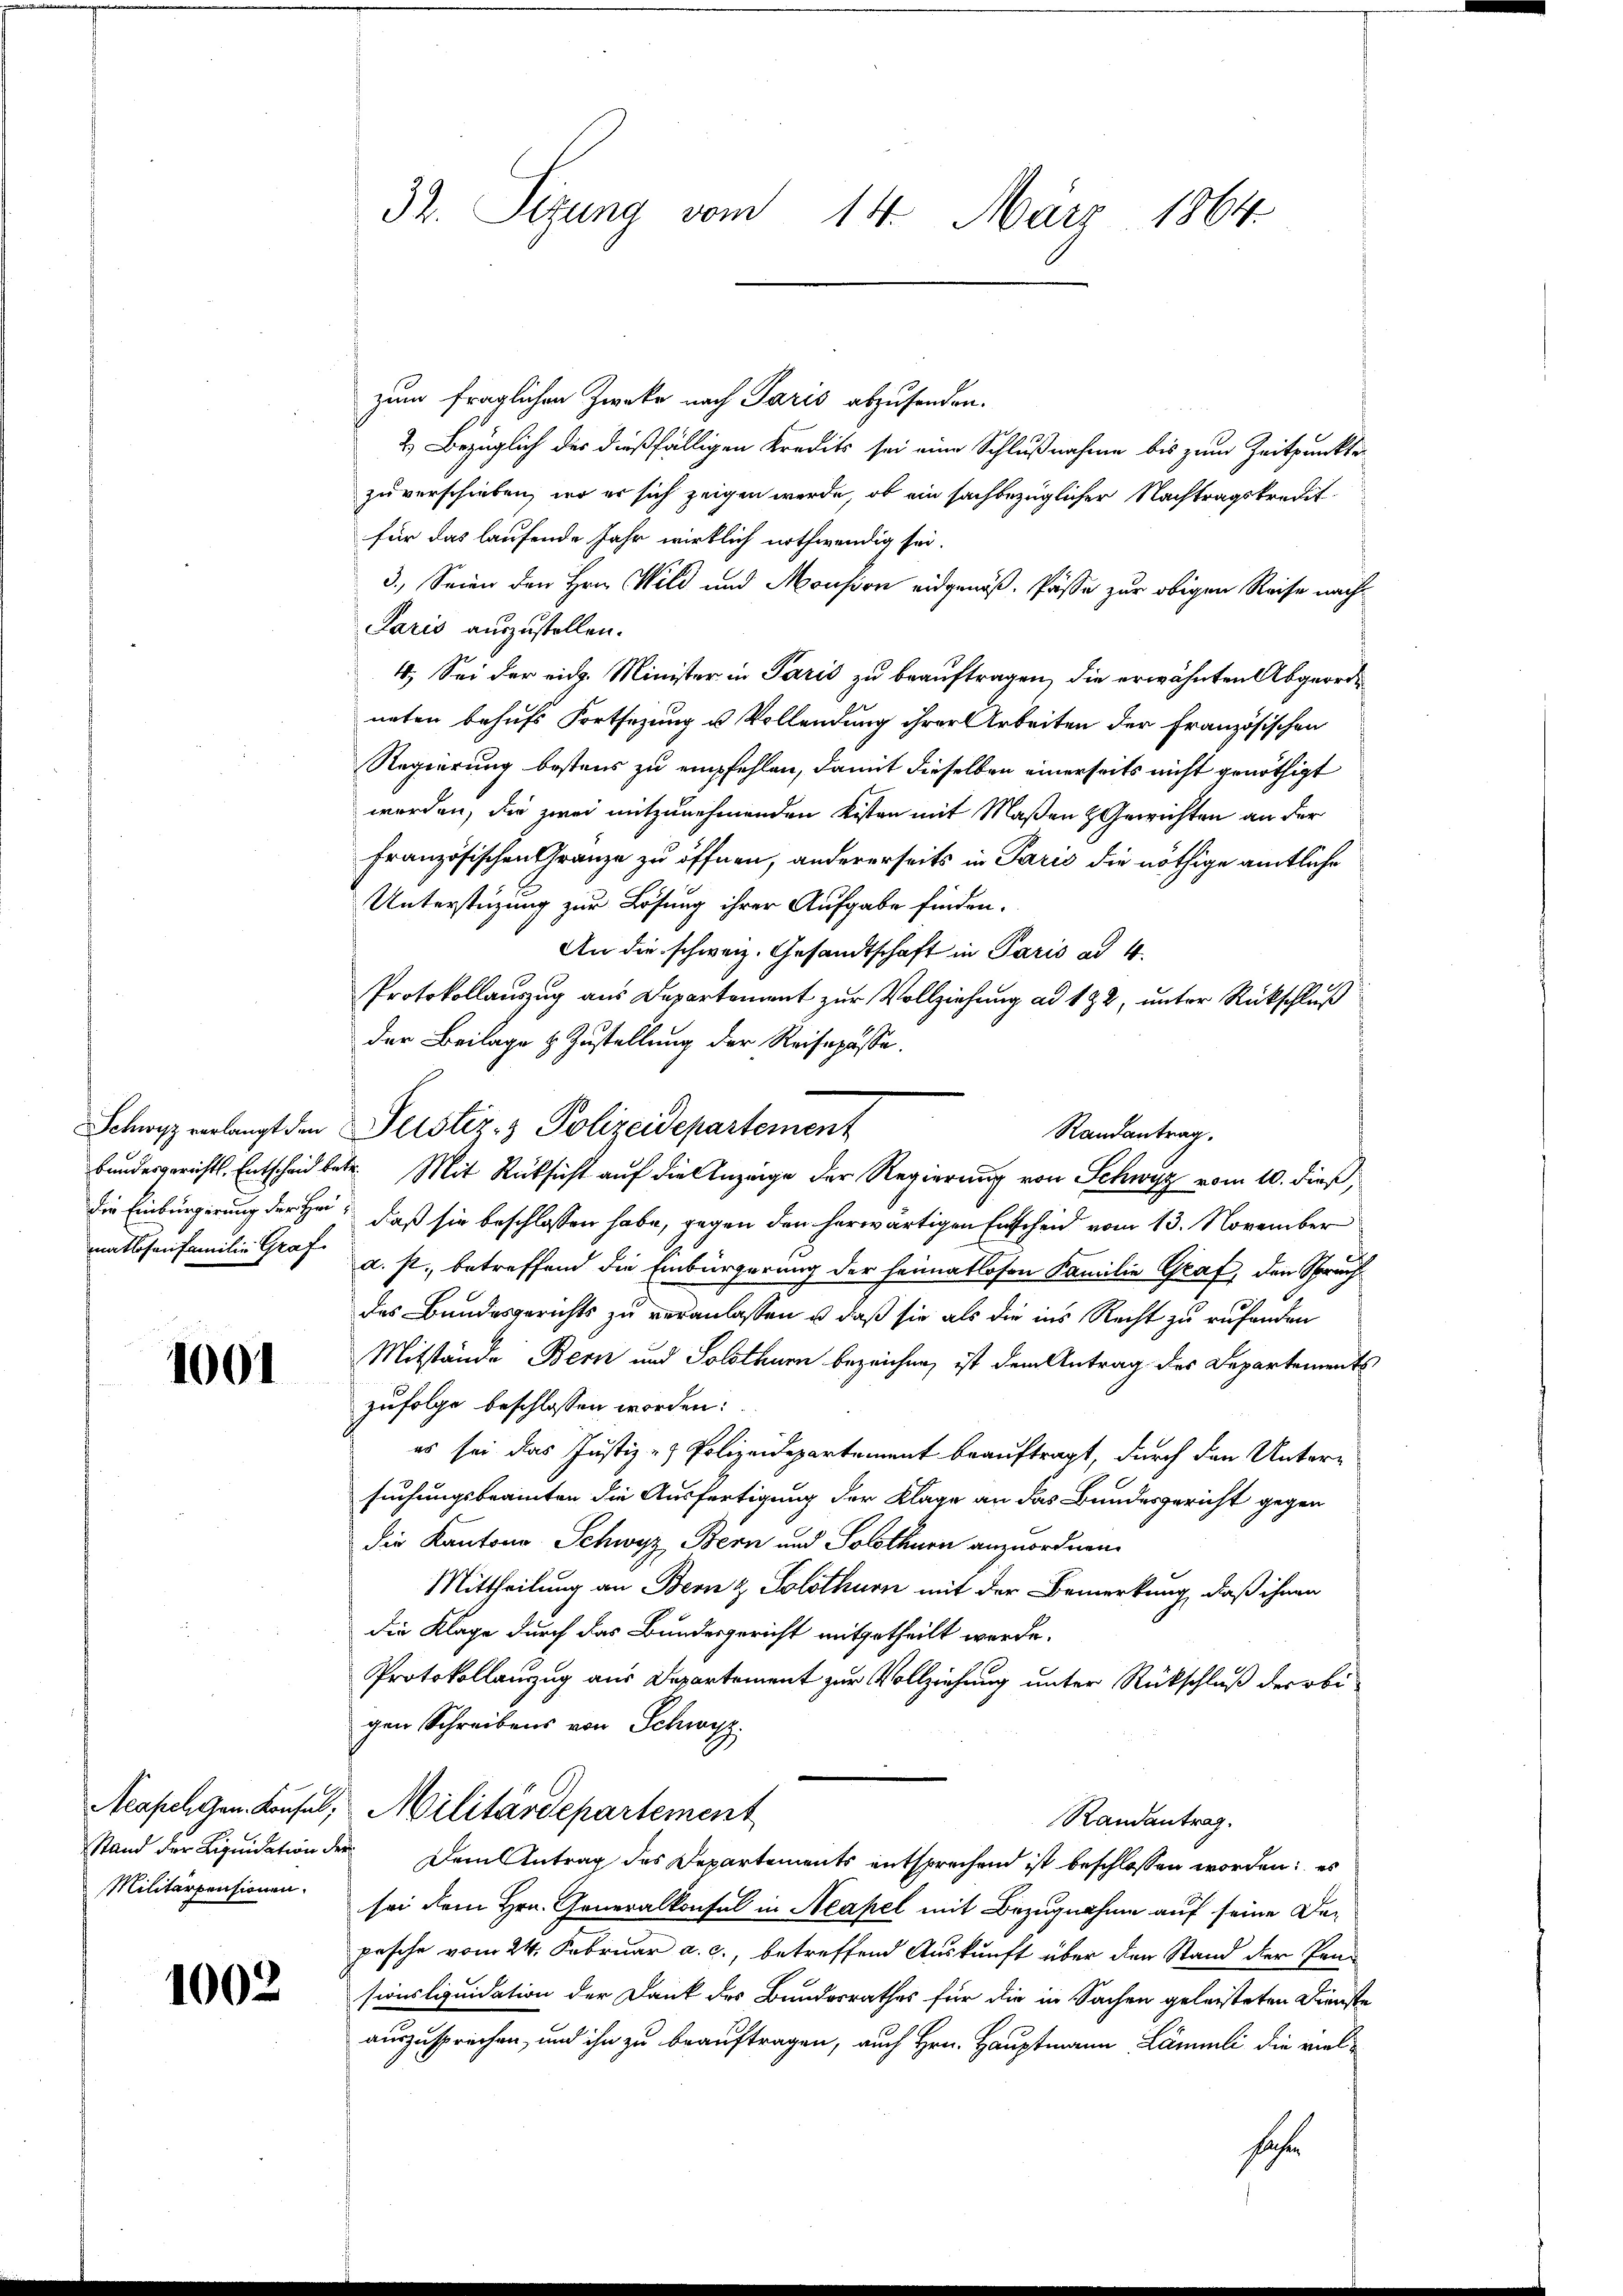
Schwisz verlangt den
bundesgerichts, Entscheid bedie Einbürgerung der Hei
matlosen Familie Graf.

1001

Neapel gen. Konsul,
Stand der Liquidation de
Militärpensionen.

1002

32. Sizung vom 14. März 1864.

zum fraglichen Zweke nach Paris abzusenden.
2) Bezüglich der dießfälligen Kredits sei eine Schlußnahme bis zum Zeitpunkte
zu verschieben, wo er sich zeigen werde, ob ein sachbezüglicher Nachtragskredit.
für das laufende Jahr wirklich nothwendig sei.
3.) Seien den Hrn. Wild und Monsion eidgenöß. Pässe zur obigen Reise nach¬
Paris auszustellen.
4. Sei der eidg. Minister in Paris zu beauftragen, die erwähnten Abgeordneten behufs Fortsezung u Vollendung ihrer Arbeiten der Französischen
Regierung bestens zu empfehlen, damit dieselben einerseits nicht genöthigt
werden, die zwei mitzunehmenden Kisten mit Maßen & Gewichten an der
Französischen Granze zu öffnen, andererseits in Paris die nöthige amtliche
Unterstüzung zur Lösung ihrer Aufgabe finden.
An die schweiz. Gesandtschaft in Paris ad 1.
Protokollauszug aus Departement zur Vollziehung ad 182, unter Rückschluß
der Beilage & Zustellung der Reisepässe.
Justiz- & Polizeidepartement
Randantrag.
de. Mit Rücksicht auf die Anzeige der Regierung von Schwyz vom 10. dieß,
daß sie beschlossen habe, gegen den herwärtigen Entscheid vom 13. November
d. s. betreffend die Einbürgerung der heimatlosen Familie Graf, den Spruch
des Bundesgerichts zu veranlassen u. daß sie als die ins Recht zu rufenden
Mitstände Bern und Solothurn bezeichne, ist dem Antrag des Departements
zufolge beschlossen worden:
es sei das Justiz- & Polizeidepartement beauftragt, durch den Untersuchungsbeamten die Ausfertigung der Klage an das Bundesgericht gegen
die Kantons Schwyz Bern und Solothurn anzuordnen.
Mittheilung an Bern & Solothurn mit der Bemerkung, daß ihnen
die Klage durch das Bundesgericht mitgetheilt werde.
Protokollanzug aus Departement zur Vollziehung unter Rückschluß der obigen Schreibens von Schwyz
Militärdepartement
Randantrag.
Dem Antrag des Departements entsprechend ist beschlossen worden: es
sei dem Hrn. Generalkonsul in Neapel mit Bezugnahme auf seine Depasche vom 24. Februar a. c., betreffend Auskunft über den Stand der Pen-
sconsliquidation der Dank des Bundesrathes für die in Sachen geleisteten Dienste
auszusprechen, und ihn zu beauftragen, auch Hrn. Hauptmann Lämmli, die vielhahe